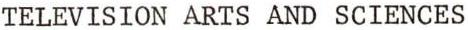
TELEVISION ARTS AND SCIENCES